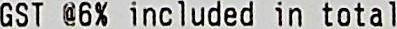
GST @6% INCLUDED IN TOTAL